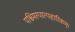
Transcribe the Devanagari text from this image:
पश्चिमस्पात्पहारिकम्।